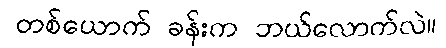
တစ်ယောက် ခန်းက ဘယ်လောက်လဲ။